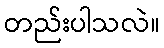
တည်းပါသလဲ။